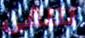
تتلقى